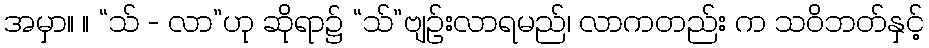
အမှာ။ ။ “သ် - လာ”ဟု ဆိုရာ၌ “သ်”ဗျဉ်းလာရမည်၊ လာကတည်း က သဝိဘတ်နှင့်